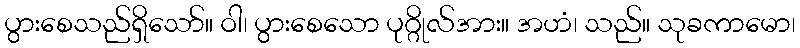
ပွားစေသည်ရှိသော်။ ဝါ၊ ပွားစေသော ပုဂ္ဂိုလ်အား။ အဟံ၊ သည်။ သုခကာမော၊